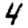
Digit: 4